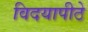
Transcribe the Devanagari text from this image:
विदयापीठे